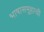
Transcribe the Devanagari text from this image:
भाषासमूहाची